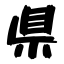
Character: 県